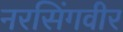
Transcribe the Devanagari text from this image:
नरसिंगवीर